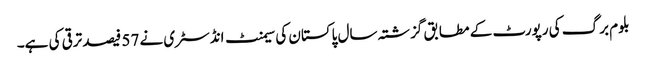
بلوم برگ کی رپورٹ کے مطابق گزشتہ سال پاکستان کی سیمنٹ انڈسٹری نے 57 فیصد ترقی کی ہے۔